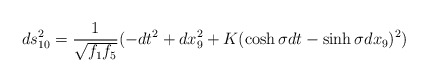
\begin{align*}ds_{10}^2 = \frac{1}{\sqrt{f_1 f_5}} ( -dt^2 + dx_9^2 + K (\cosh \sigma dt - \sinh \sigma dx_9) ^2 ) \end{align*}